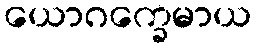
ယောဂက္ခေမာယ